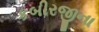
કબીરજીના